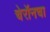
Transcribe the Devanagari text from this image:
चेरॉनचा